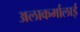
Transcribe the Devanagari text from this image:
अलाकर्मालाई